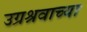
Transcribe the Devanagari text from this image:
उग्रश्रवाच्या